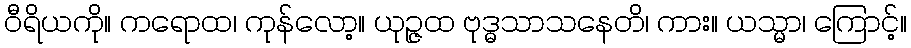
ဝီရိယကို။ ကရောထ၊ ကုန်လော့။ ယုဉ္ဇထ ဗုဒ္ဓသာသနေတိ၊ ကား။ ယသ္မာ၊ ကြောင့်။